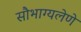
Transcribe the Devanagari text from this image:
सौभाग्यलेणे